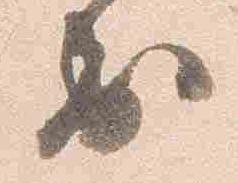
出